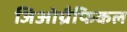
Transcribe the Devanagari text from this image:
जिओग्रैफिकल